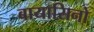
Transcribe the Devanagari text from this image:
बायासिनो